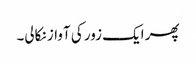
پھر ایک زور کی آواز نکالی۔